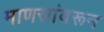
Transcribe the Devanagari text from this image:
माणसांवरून